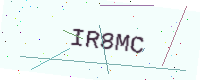
Text: IR8MC